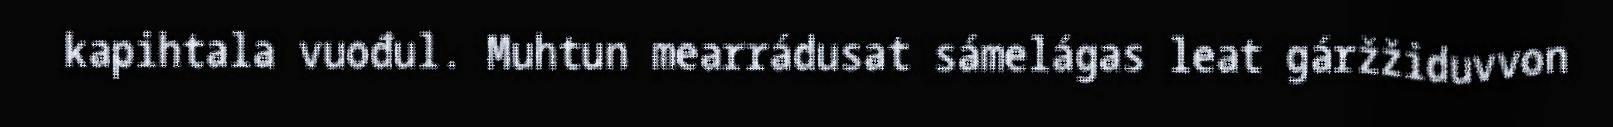
kapihtala vuođul. Muhtun mearrádusat sámelágas leat gáržžiduvvon